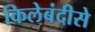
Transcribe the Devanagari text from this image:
किलेबंदीसे